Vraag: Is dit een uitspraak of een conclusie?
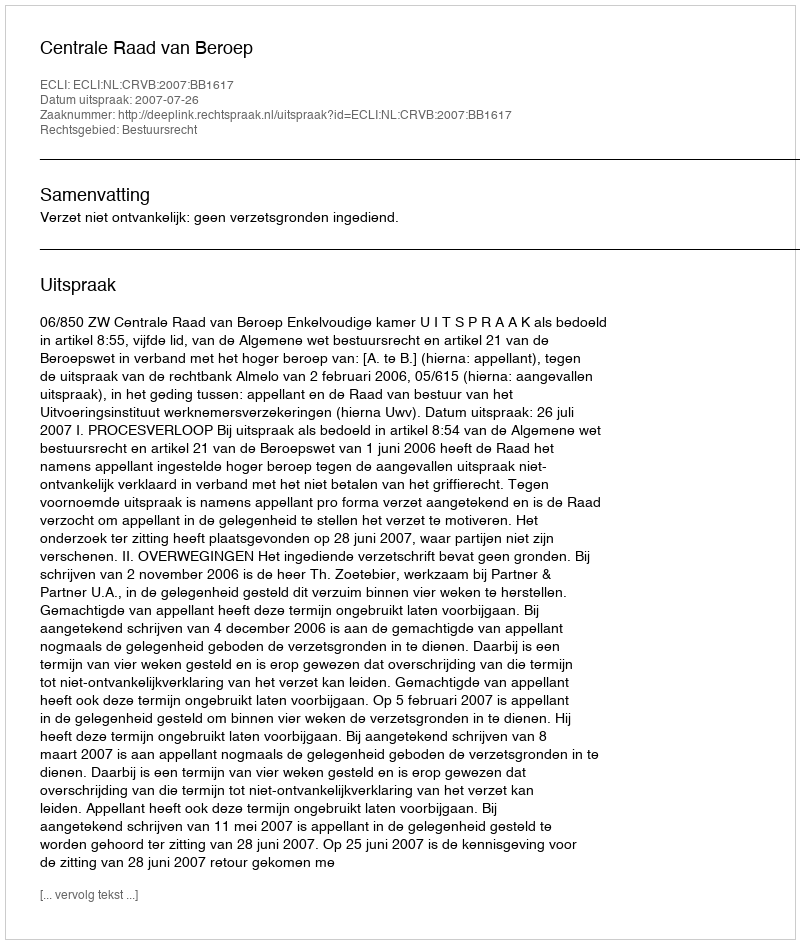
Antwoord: Uitspraak